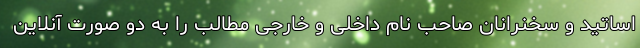
اساتید و سخنرانان صاحب نام داخلی و خارجی مطالب را به دو صورت آنلاین